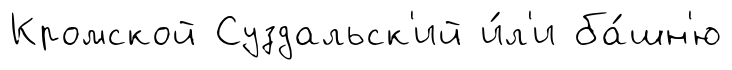
Кромской Суздальск'ий и́л'и ба́шн'ю